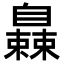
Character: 𬛰